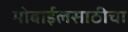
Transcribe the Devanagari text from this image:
मोबाईलसाठीचा